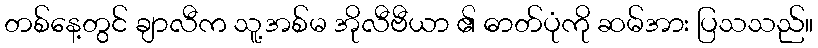
တစ်နေ့တွင် ချာလီက သူ့အစ်မ အိုလီဗီယာ ၏ ဓာတ်ပုံကို ဆမ်အား ပြသသည်။